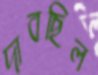
দাবছিল